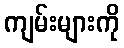
ကျမ်းများကို